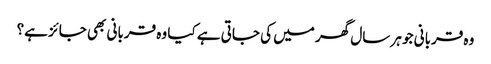
وہ قربانی جو ہر سال گھر میں کی جاتی ہے کیا وہ قربانی بھی جائز ہے؟